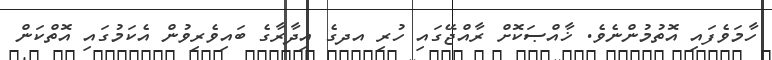
ހާމަވެފައި އޮތުމުންނެވެ. ޚާއްޞަކޮށް ރާއްޖޭގައި ހުރި އދގެ އިދާރާގެ ބައިވެރިވުން އެކަމުގައި އޮތްކަން